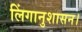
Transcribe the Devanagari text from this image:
लिंगानुशासन।